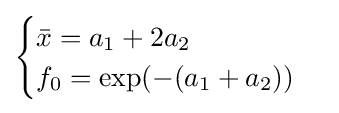
{\begin{cases}{\bar {x}}=a_{1}+2a_{2}\\f_{0}=\exp(-(a_{1}+a_{2}))\end{cases}}